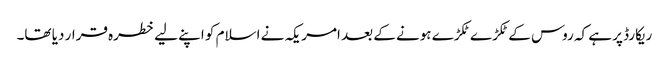
ریکارڈ پر ہے کہ روس کے ٹکڑے ٹکڑے ہونے کے بعد امریکہ نے اسلام کو اپنے لیے خطرہ قرار دیا تھا۔